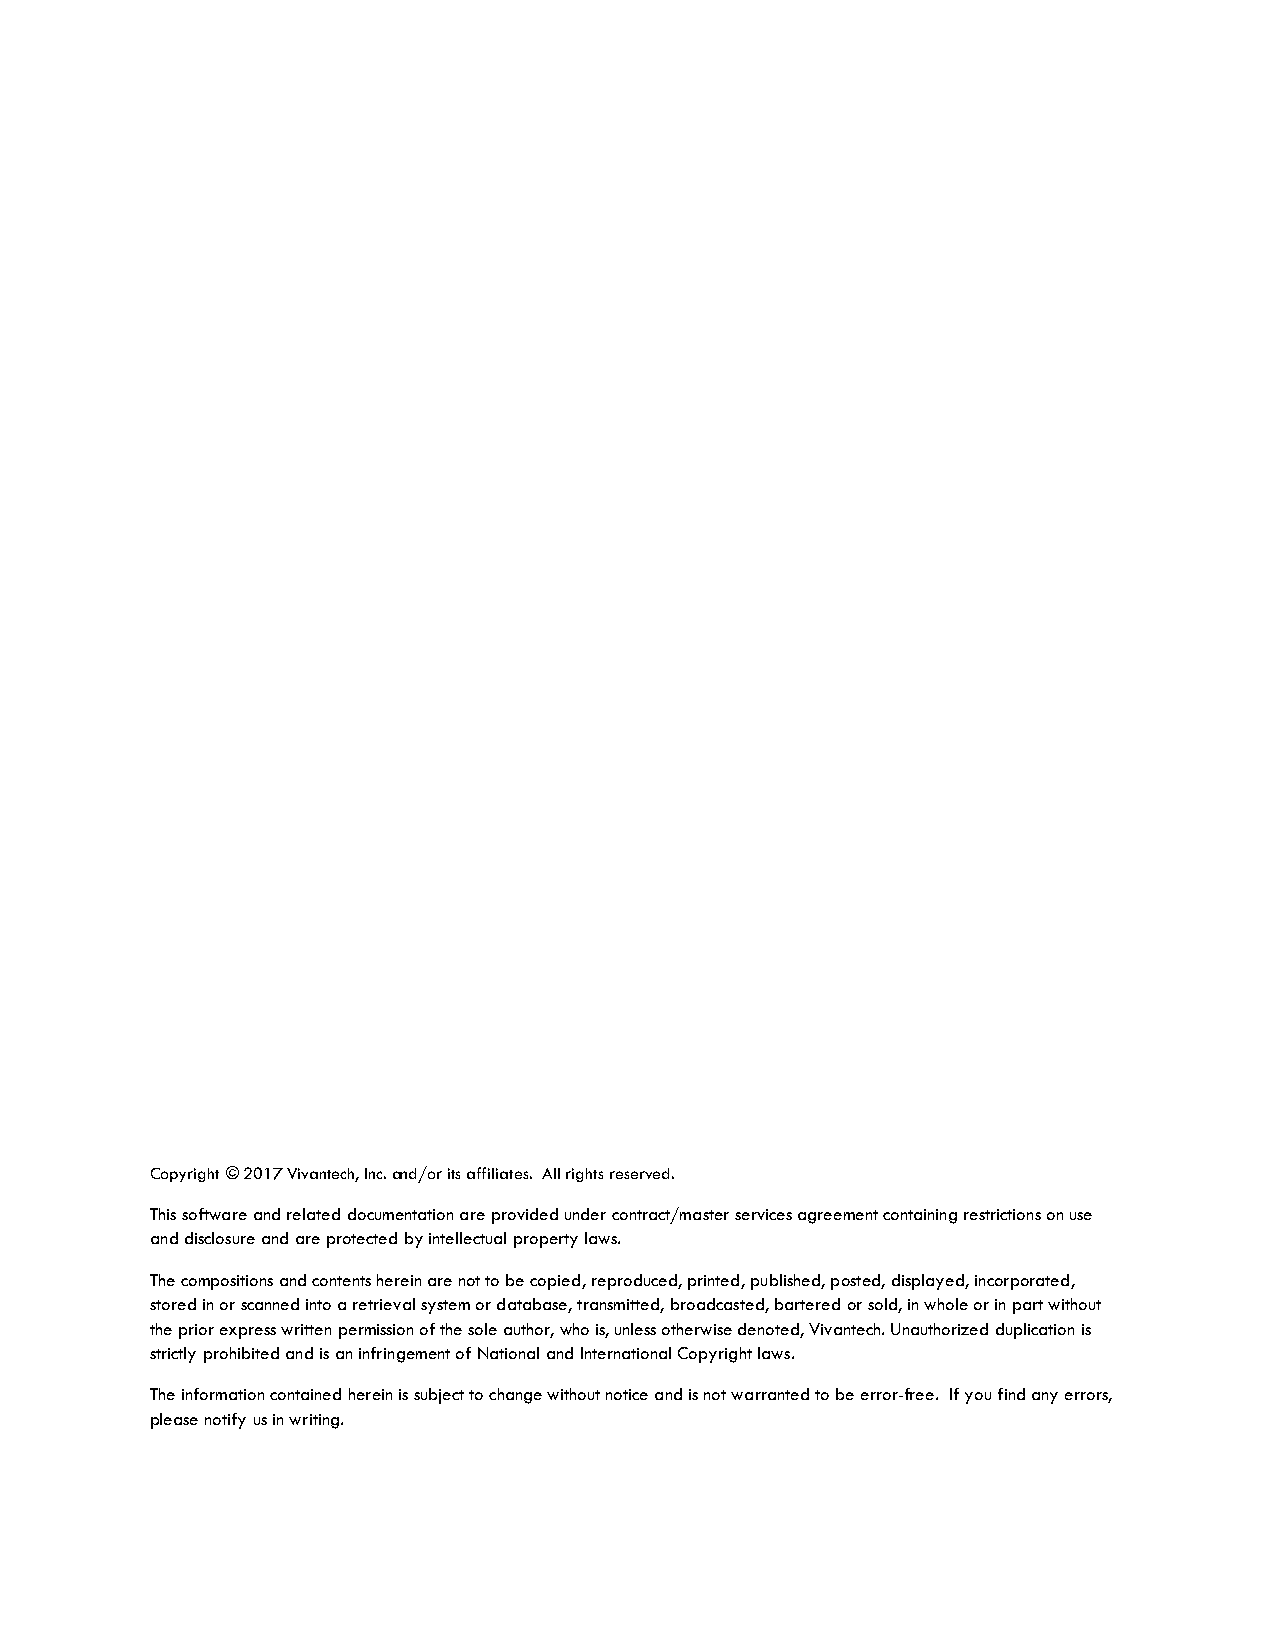
Copyright © 2017 Vivantech, Inc. and/or its affiliates. All rights reserved.
 This software and related documentation are provided under contract/master services agreement containing restrictions on use
 and disclosure and are protected by intellectual property laws.
 The compositions and contents herein are not to be copied, reproduced, printed, published, posted, displayed, incorporated,
 stored in or scanned into a retrieval system or database, transmitted, broadcasted, bartered or sold, in whole or in part without
 the prior express written permission of the sole author, who is, unless otherwise denoted, Vivantech. Unauthorized duplication is
 strictly prohibited and is an infringement of National and International Copyright laws.
 The information contained herein is subject to change without notice and is not warranted to be error-free. If you find any errors,
 please notify us in writing.